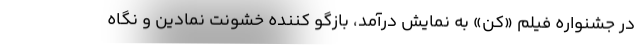
در جشنواره فیلم «کن» به نمایش درآمد، بازگو کننده خشونت نمادین و نگاه